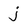
Character: j